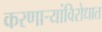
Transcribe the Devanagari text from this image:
करणार्‍यांविरोधात